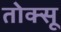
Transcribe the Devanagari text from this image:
तोक्सू